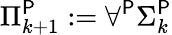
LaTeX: \Pi_{k+1}^{\mathsf{P}}:=\forall^{\mathsf{P}}\Sigma_{k}^{\mathsf{P}}